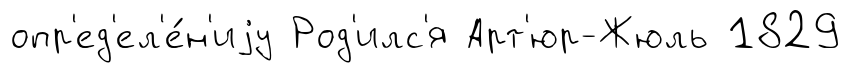
опр'ед'ел'е́н'иjу Род'илс'я Арт'юр-Жюль 1829